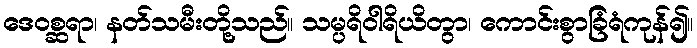
ဒေဝစ္ဆရာ၊ နတ်သမီးတို့သည်။ သမ္ပရိဝါရိယိတွာ၊ ကောင်းစွာခြံရံကုန်၍။